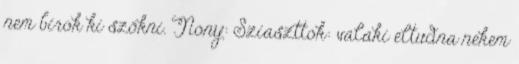
nem birok ki szökni. Nony: Sziaszttok: valaki eltudna nekem